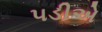
૫ડીએ